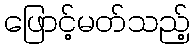
ဖြောင့်မတ်သည့်